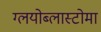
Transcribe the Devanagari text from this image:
ग्लयोब्लास्टोमा